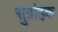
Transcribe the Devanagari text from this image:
सुग्रांहक